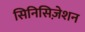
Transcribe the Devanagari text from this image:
सिनिसिज़ेशन